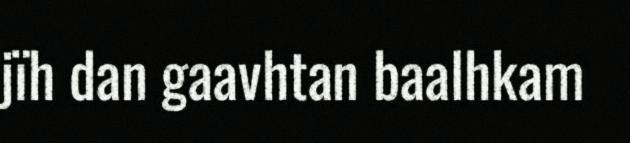
jïh dan gaavhtan baalhkam